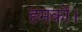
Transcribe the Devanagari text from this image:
हमको।